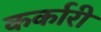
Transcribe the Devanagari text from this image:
कर्कारी